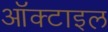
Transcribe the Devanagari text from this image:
ऑक्टाइल